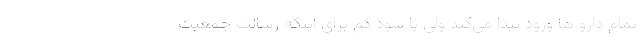
تمام دارو ها ورود پیدا می‌کند ولی با سود کم برای اینکه رسالت جمعیت